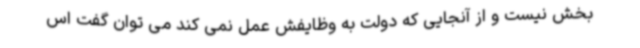
بخش نیست و از آنجایی که دولت به وظایفش عمل نمی کند می توان گفت اس